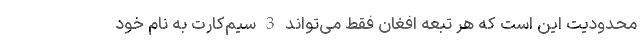
محدودیت این است که هر تبعه افغان فقط می‌تواند 3 سیم‌کارت به نام خود